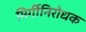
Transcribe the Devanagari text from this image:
मिर्गीनिरोधक